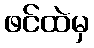
ဖင်ထဲမှ